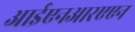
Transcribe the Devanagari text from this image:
आईएनआरएएन